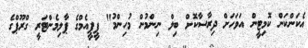
އެކަންކަން ކޮމިޓީން އަވަހަށް ދިރާސާކޮށް ބިލް ނިންމުން މުހިންމު" ޕީޕީއެމްގެ ޕާލިމެންޓަރީ ގްރޫޕްގެ